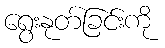
ရွေးနုတ်ခြင်းကို